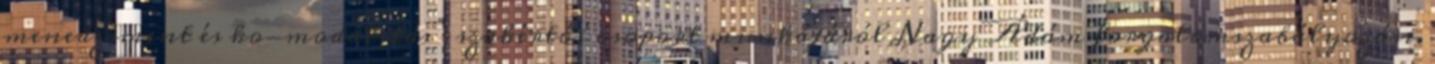
menedzsment és ko-modalitás” szakértői csoport munkájáról Nagy Ádám forgalomszabályozási.